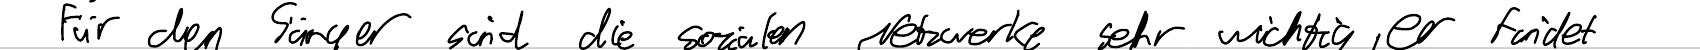
Für den Sänger sind die sozialen Netzwerke sehr wichtig, er findet